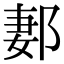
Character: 郪